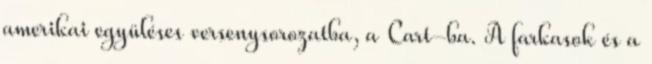
amerikai együléses versenysorozatba, a Cart-ba. A farkasok és a